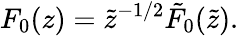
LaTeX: F_{0}(z)=\tilde{z}^{-1/2}\tilde{F}_{0}(\tilde{z}).